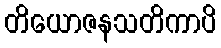
တိယောဇနသတိကာပိ